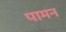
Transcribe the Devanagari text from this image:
पामन